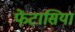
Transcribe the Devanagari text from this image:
फेंटासिया